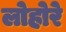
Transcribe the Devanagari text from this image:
लोहोरे